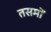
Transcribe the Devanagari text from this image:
तसमों